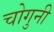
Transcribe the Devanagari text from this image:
चोगुनी